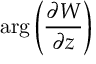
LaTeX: \mathrm { a r g } \left( { \frac { \partial { \cal W } } { \partial z } } \right)